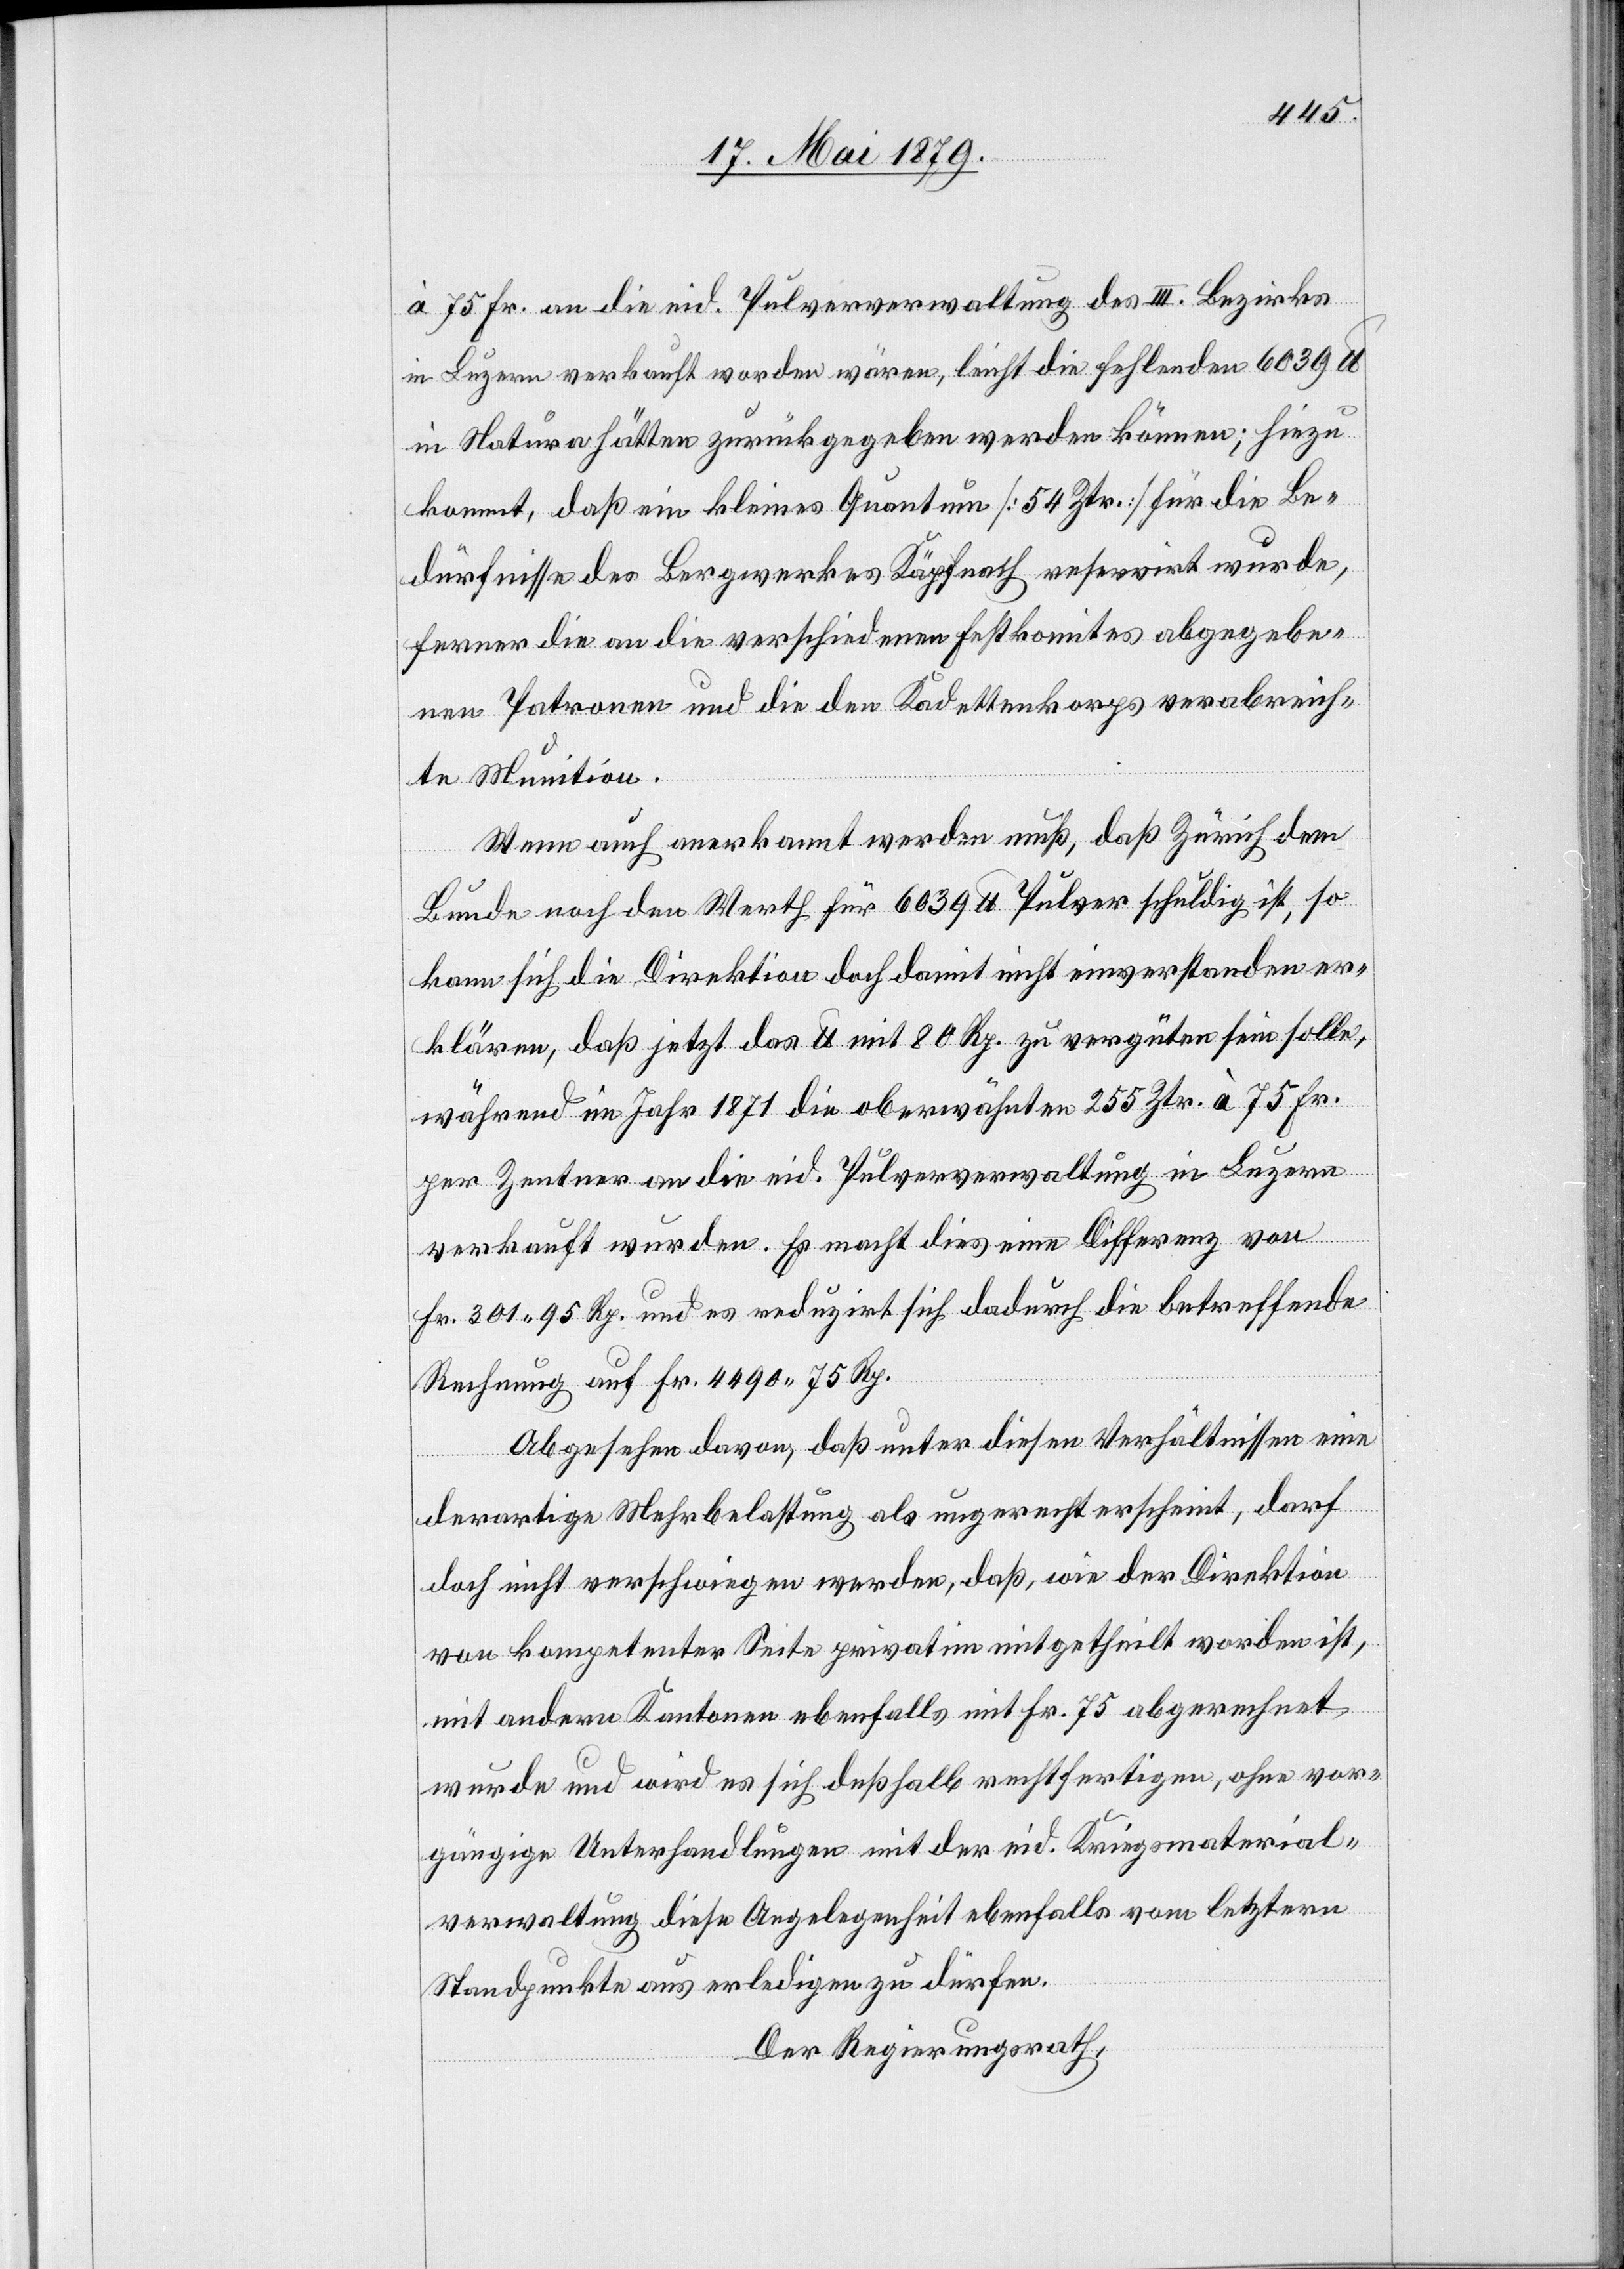
à 75 Fr. an die eid. Pulververwaltung des III. Bezirks
in Luzern verkauft worden wären, leicht die fehlenden 6039 lb
in Natura hätten zurückgegeben werden können; hinzu
kommt, daß ein kleines Quantum [54 Ztr.] für die Be¬
dürfnisse des Bergwerkes Käpfnach reservirt wurde,
ferner die an die verschiedenen Festkomites abgegebe¬
nen Patronen und die den Kadettenkorps verabreich¬
te Munition.
Wenn auch anerkannt werden muß, daß Zürich dem
Bunde noch den Werth für 6039 lb Pulver schuldig ist, so
kann sich die Direktion doch damit nicht einverstanden er¬
klären, daß jetzt das lb mit 80 Rp. zu vergüten sein solle,
während im Jahr 1871 die oberwähnten 255 Ztr. à 75 Fr.
per Zentner an die eid. Pulververwaltung in Luzern
verkauft wurden. Es macht dies eine Differenz von
Fr. 301 95 Rp. und es reduzirt sich dadurch die betreffende
Rechnung auf Fr. 4490 75 Rp.
Abgesehen davon, daß unter diesen Verhältnissen eine
derartige Mehrbelastung als ungerecht erscheint, darf
doch nicht verschwiegen werden, daß, wie der Direktion
von kompetenter Seite privatim mitgetheilt worden ist,
mit andern Kantonen ebenfalls mit Fr. 75 abgerechnet
wurde und wird es sich deßhalb rechtfertigen, ohne vor¬
gängige Unterhandlungen mit der eid. Kriegsmaterial¬
verwaltung diese Angelegenheit ebenfalls vom letztern
Standpunkte aus erledigen zu dürfen.
Der Regierungsrath,